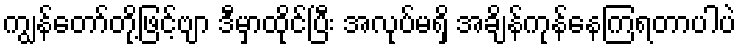
ကျွန်တော်တို့ဖြင့်ဗျာ ဒီမှာထိုင်ပြီး အလုပ်မရှိ အချိန်ကုန်နေကြရတာပါပဲ